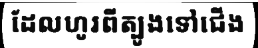
ដែលហូរពីត្បូងទៅជើង